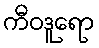
ကီဝဒူရော